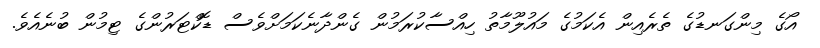
އޯގެ މިންގަނޑުގެ ތެރެއިން އެކަމުގެ މައުލޫމާތު ހިއްސާކުރަމުން ގެންދާނެކަމަށްވެސް ޑޮކްޓަރުންގެ ޓިމުން ބުނެއެވެ.